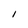
Character: I